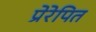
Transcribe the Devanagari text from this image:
प्रेरेपित